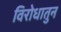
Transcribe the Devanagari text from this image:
विरोधातुन